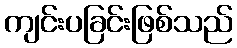
ကျင်းပခြင်းဖြစ်သည်